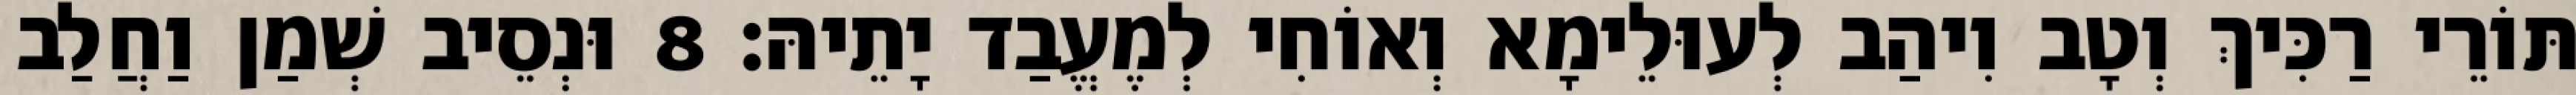
תּוֹרֵי רַכִּיךְ וְטָב וִיהַב לְעוּלֵימָא וְאוֹחִי לְמֶעֱבַד יָתֵיהּ׃ 8 וּנְסֵיב שְׁמַן וַחֲלַב